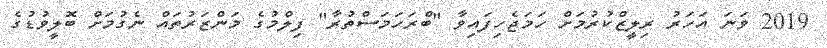
2019 ވަނަ އަހަރު ރިލީޒްކުރުމަށް ހަމަޖެހިފައިވާ "ބްރަހަމަސްތުރާ" ފިލްމުގެ މަންޒަރުތައް ނެގުމަށް ބޮލީވުޑުގެ